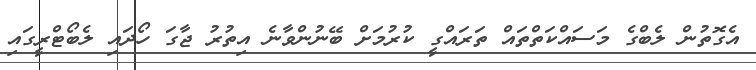
އެގޮތުން ލެބްގެ މަސައްކަތްތައް ތަރައްގީ ކުރުމަށް ބޭނުންވާނެ އިތުރު ޖާގަ ހޯދައި ލެބޯޓްރީގައި